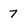
Character: 7